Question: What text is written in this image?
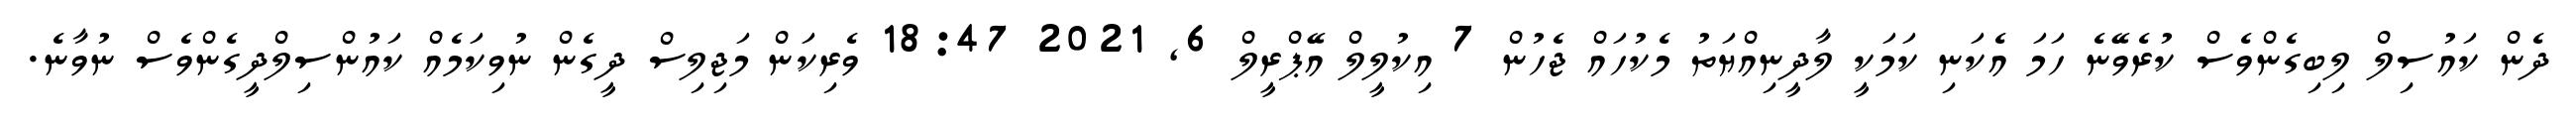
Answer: ދެން ކައުސިލް ލިބިގެންވެސް ކުރެވޭނެ ހަމަ އެކަނި ކަމަކީ ލާދީނިއްޔަތު މެކުހައް ޖެހުން 7 އިކުލީލް އޭޕްރީލް 6, 2021 18:47 ވެރިކަން މަޖިލިސް ދީގެން ނުވިކަމެއް ކައުންސިލްދީގެންވެސް ނުވާނެ.